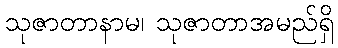
သုဇာတာနာမ၊ သုဇာတာအမည်ရှိ